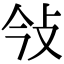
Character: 㪁